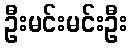
ဦးမင်းမင်းဦး